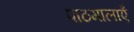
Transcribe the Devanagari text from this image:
पाठमालाएँ